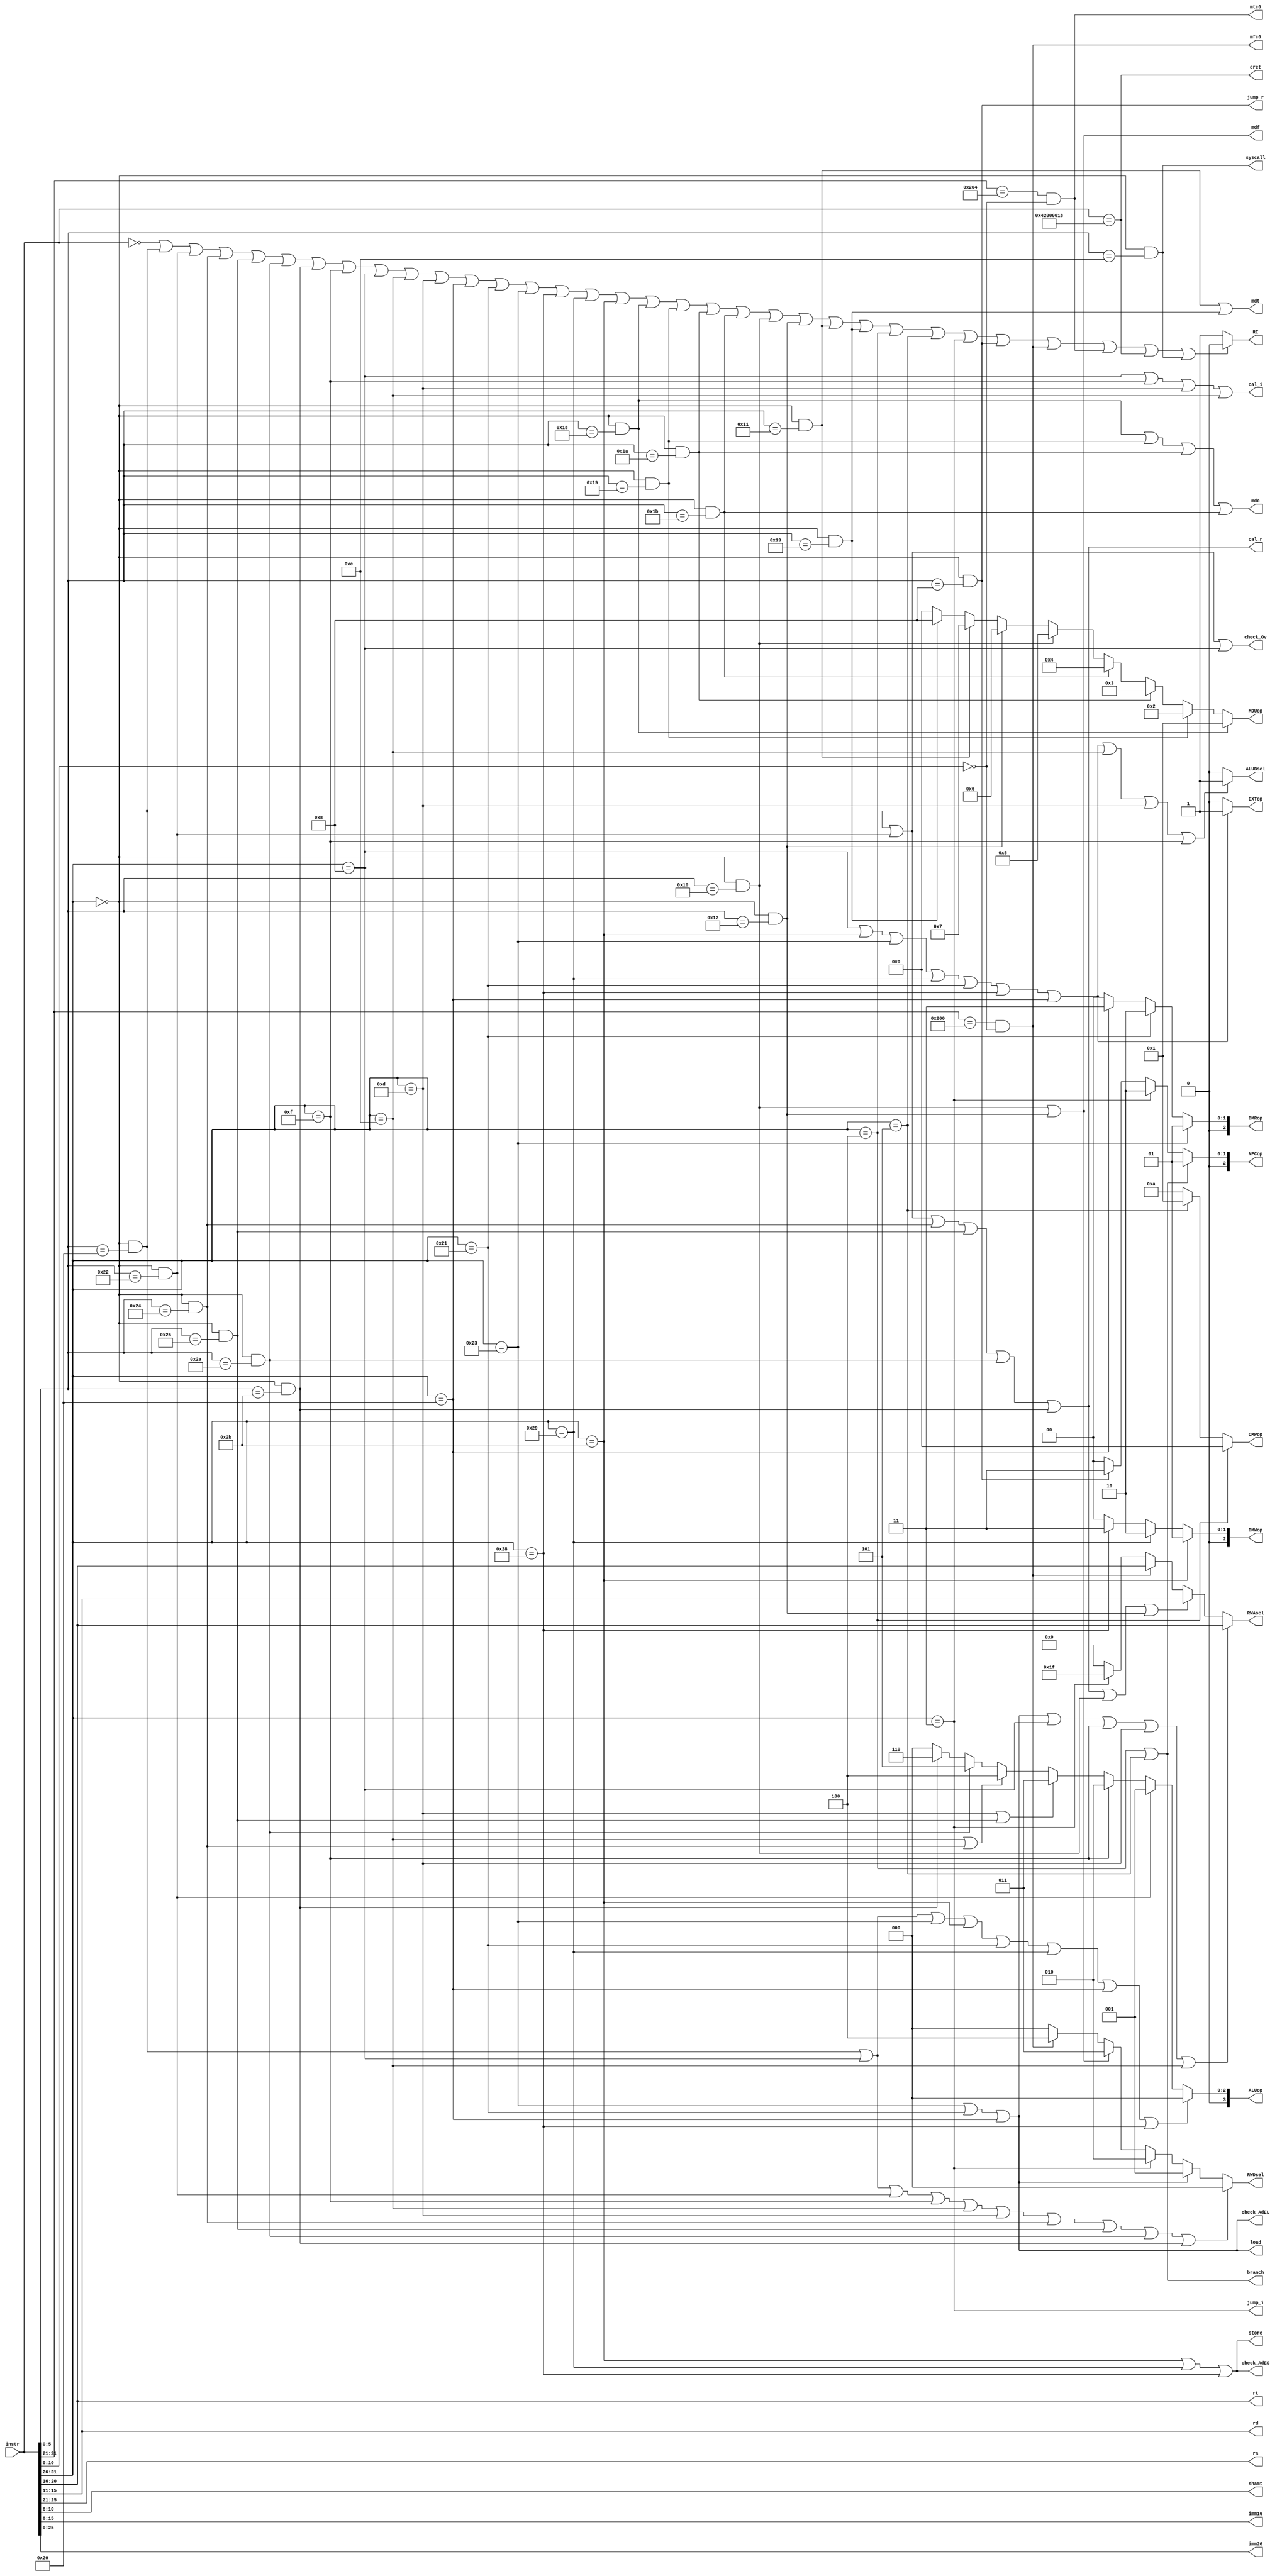
module CU (
    input [31:0] instr,       // 
    output [4:0] rs,          // rs[25:21]
    output [4:0] rt,          // rt[20:16]
    output [4:0] rd,          // rd[15:11]
    output [4:0] shamt,       // shamt[10:6]
    output [15:0] imm16,      // imm16[15:0]
    output [25:0] imm26,      // imm26[25:0]

    output cal_r,             // R
    output cal_i,             // I
    output load,              // 
    output store,             // 
    output branch,            // 
    output jump_i,            // 
    output jump_r,            // 
    output mdc,               // 
    output mdf,               // hi,lo
    output mdt,               // hi,lo

    output [3:0] ALUop,       // ALU
    output EXTop,             // 16
    output [2:0] NPCop,       // 
    output [3:0] CMPop,       // 
    output [2:0] DMRop,       // 
    output [2:0] DMWop,       // 
    output [3:0] MDUop,       // 
    output [4:0] RWAsel,      // 
    output [2:0] RWDsel,      // 
    output ALUBsel,           // ALU

    output check_AdEL,        // AdEL
    output check_Ov,          // Ov
    output check_AdES,        // AdES
    output RI,                // 

    output eret,              // eret
    output syscall,           // syscall
    output mfc0,              // mfc0
    output mtc0               // mtc0
);
    //
    wire [5:0] opcode, funct;
    assign opcode = instr[31:26];
    assign funct = instr[5:0];

    assign rs = instr[25:21];
    assign rt = instr[20:16];
    assign rd = instr[15:11];
    assign shamt = instr[10:6];    

    assign imm16 = instr[15:0];
    assign imm26 = instr[25:0];

    wire R;
    assign R = (opcode == 6'b000000);
    
    wire nop;
    wire add, sub, And, Or, slt, sltu;
    wire addi, lui, ori, andi;
    wire sw, sh, sb;
    wire lw, lh, lb;
    wire beq, bne, jal, jr;
    wire mult, multu, div, divu, mfhi, mflo, mthi, mtlo;

    assign nop = (instr == 32'h0);

    assign add = (R && funct == 6'b10_0000);
    assign sub = (R && funct == 6'b10_0010);
    assign And = (R && funct == 6'b10_0100);
    assign Or = (R && funct == 6'b10_0101);
    assign slt = (R && funct == 6'b10_1010);
    assign sltu = (R && funct == 6'b10_1011);

    assign addi = (opcode == 6'b00_1000);
    assign lui = (opcode == 6'b00_1111);
    assign ori = (opcode == 6'b00_1101);
    assign andi = (opcode == 6'b00_1100);

    assign sw = (opcode == 6'b10_1011);
    assign sh = (opcode == 6'b10_1001);
    assign sb = (opcode == 6'b10_1000);

    assign lw = (opcode == 6'b10_0011);
    assign lh = (opcode == 6'b10_0001);
    assign lb = (opcode == 6'b10_0000);

    assign beq = (opcode == 6'b00_0100);
    assign bne = (opcode == 6'b00_0101);
    assign jal = (opcode == 6'b00_0011);
    assign jr = (R && funct == 6'b00_1000);

    assign mult = (R && funct == 6'b01_1000);
    assign multu = (R && funct == 6'b01_1001);
    assign div = (R && funct == 6'b01_1010);
    assign divu = (R && funct == 6'b01_1011);
    assign mfhi = (R && funct == 6'b01_0000);
    assign mflo = (R && funct == 6'b01_0010);
    assign mthi = (R && funct == 6'b01_0001);
    assign mtlo = (R && funct == 6'b01_0011);

    assign mfc0 = (instr[31:21] == 11'b010000_00000 && instr[10:0] == 11'b0);
    assign mtc0 = (instr[31:21] == 11'b010000_00100 && instr[10:0] == 11'b0);
    assign eret = (instr == 32'b010000_10000000000000000000_011000);
    assign syscall = (R && funct == 6'b00_1100);

    //
    assign cal_r = (add || sub || And || Or || slt || sltu);
    assign cal_i = (addi || lui || ori || andi);
    assign load = (lw || lh || lb);
    assign store = (sw || sh || sb);
    assign branch = (beq || bne);
    assign jump_i = (jal);
    assign jump_r = (jr);
    assign mdc = (mult || multu || div || divu);
    assign mdf = (mfhi || mflo);
    assign mdt = (mthi || mtlo);

    //0:+, 1:-, 2:lui, 3:|, 4:&, 5:<, 6<unsigned, 
    assign ALUop = (add || addi || lw || sw || lh || sh || lb || sb) ? 0 :
                   (sub) ? 1 : 
                   (lui) ? 2 : 
                   (ori || Or) ? 3 : 
                   (andi || And) ? 4 : 
                   (slt) ? 5 : 
                   (sltu) ? 6 : 0;
    
    //0:unsigned, 1:signed
    assign EXTop = (addi || sw || lw || sh || lh || sb || lb) ? 1 : 0;

    //0:PC+4, 1:branch, 2:j, 3:j-register
    assign NPCop = (beq || bne) ? 1 : 
                   (jal) ? 2 :
                   (jr) ? 3 : 0;

    //0:beq, 1:bne, 2:0
    assign CMPop = (beq) ? 0 :
                   (bne) ? 1 : 10;

    //1:word, 2:halfword, 3:byte
    assign DMRop = (lw) ? 1 : 
                   (lh) ? 2 :
                   (lb) ? 3 : 0;
    
    //1:word, 2:halfword, 3:byte
    assign DMWop = (sw) ? 1 :
                   (sh) ? 2 :
                   (sb) ? 3 : 0;               

    //0:rt, 1:rd, 2:31($ra)
    assign RWAsel = (lw || lh || lb || addi || lui || ori || andi) ? rt :
                    (add || sub || And || Or || slt || sltu || mfhi || mflo) ? rd :
                    (mfc0) ? rt : 
                    (jal) ? 5'd31 : 5'd0;
               
    //0:ALUout, 1:DMout, 2:PC+8, 3:MDUout, 4:CP0out
    assign RWDsel = (add || addi || sub || lui || andi || ori || And ||
                     Or || slt || sltu) ? 0 :
                    (lw || lh || lb) ? 1 : 
                    (jal) ? 2 : 
                    (mfhi || mflo) ? 3 : 
                    (mfc0) ? 4 : 0;
    
    //0:RD2, 1:EXTout
    assign ALUBsel = (addi || sw || lw || sh || lh || sb || lb || andi ||
                      ori || lui) ? 1 : 0;

    assign MDUop = (mult) ? 1 : 
                   (multu) ? 2 :
                   (div) ? 3 : 
                   (divu) ? 4 :
                   (mfhi) ? 5 :
                   (mflo) ? 6 :
                   (mthi) ? 7 :
                   (mtlo) ? 8 : 0;
        
    assign check_Ov = (add || sub || addi);

    assign check_AdEL = (lw || lh || lb);

    assign check_AdES = (sw || sh || sb);

    assign RI = !(nop || add || sub || And || Or || slt || sltu ||
                  lui || addi || andi || ori ||
                  lb || lh || lw || sb || sh || sw ||
                  mult || multu || div || divu || mfhi || mflo || mthi || mtlo ||
                  beq || bne || jal || jr ||
                  mfc0 || mtc0 || eret || syscall) ? 1 : 0;
endmodule

/*
nop, add, sub, and, or, slt, sltu
lui, addi, andi, ori
lb, lh, lw, sb, sh, sw
mult, multu, div, divu, mfhi, mflo, mthi, mtlo
beq, bne, jal, jr,
mfc0, mtc0, eret, syscall
*/